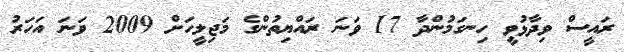
ރައީސް ވިދާޅުވީ ހިނގަމުންދާ 17 ވަނަ ރައްޔިތުންގެ މަޖިލީހަށް 2009 ވަނަ އަހަރު